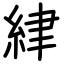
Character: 䋖